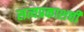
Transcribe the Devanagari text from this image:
सत्यप्रकाशची